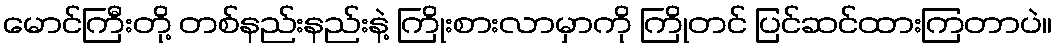
မောင်ကြီးတို့ တစ်နည်းနည်းနဲ့ ကြိုးစားလာမှာကို ကြိုတင် ပြင်ဆင်ထားကြတာပဲ။